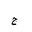
Letter: _gim